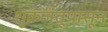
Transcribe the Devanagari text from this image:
शुक्रजंतूपासून